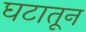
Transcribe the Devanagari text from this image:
घटातून